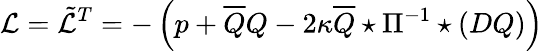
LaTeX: {\cal\mathcal{L}}=\tilde{{\mathcal{L}}}^{T}=-\left(p+\overline{{{{Q}}}}Q-2\kappa\overline{{{{Q}}}}\star\Pi^{-1}\star(DQ)\right)